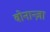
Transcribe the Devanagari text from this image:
बोनान्ज़ा